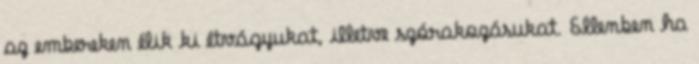
az embereken élik ki étvágyukat, illetve szórakozásukat. Ellenben ha